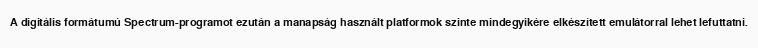
A digitális formátumú Spectrum-programot ezután a manapság használt platformok szinte mindegyikére elkészített emulátorral lehet lefuttatni.